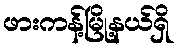
ဖားကန့်မြို့နယ်ရှိ